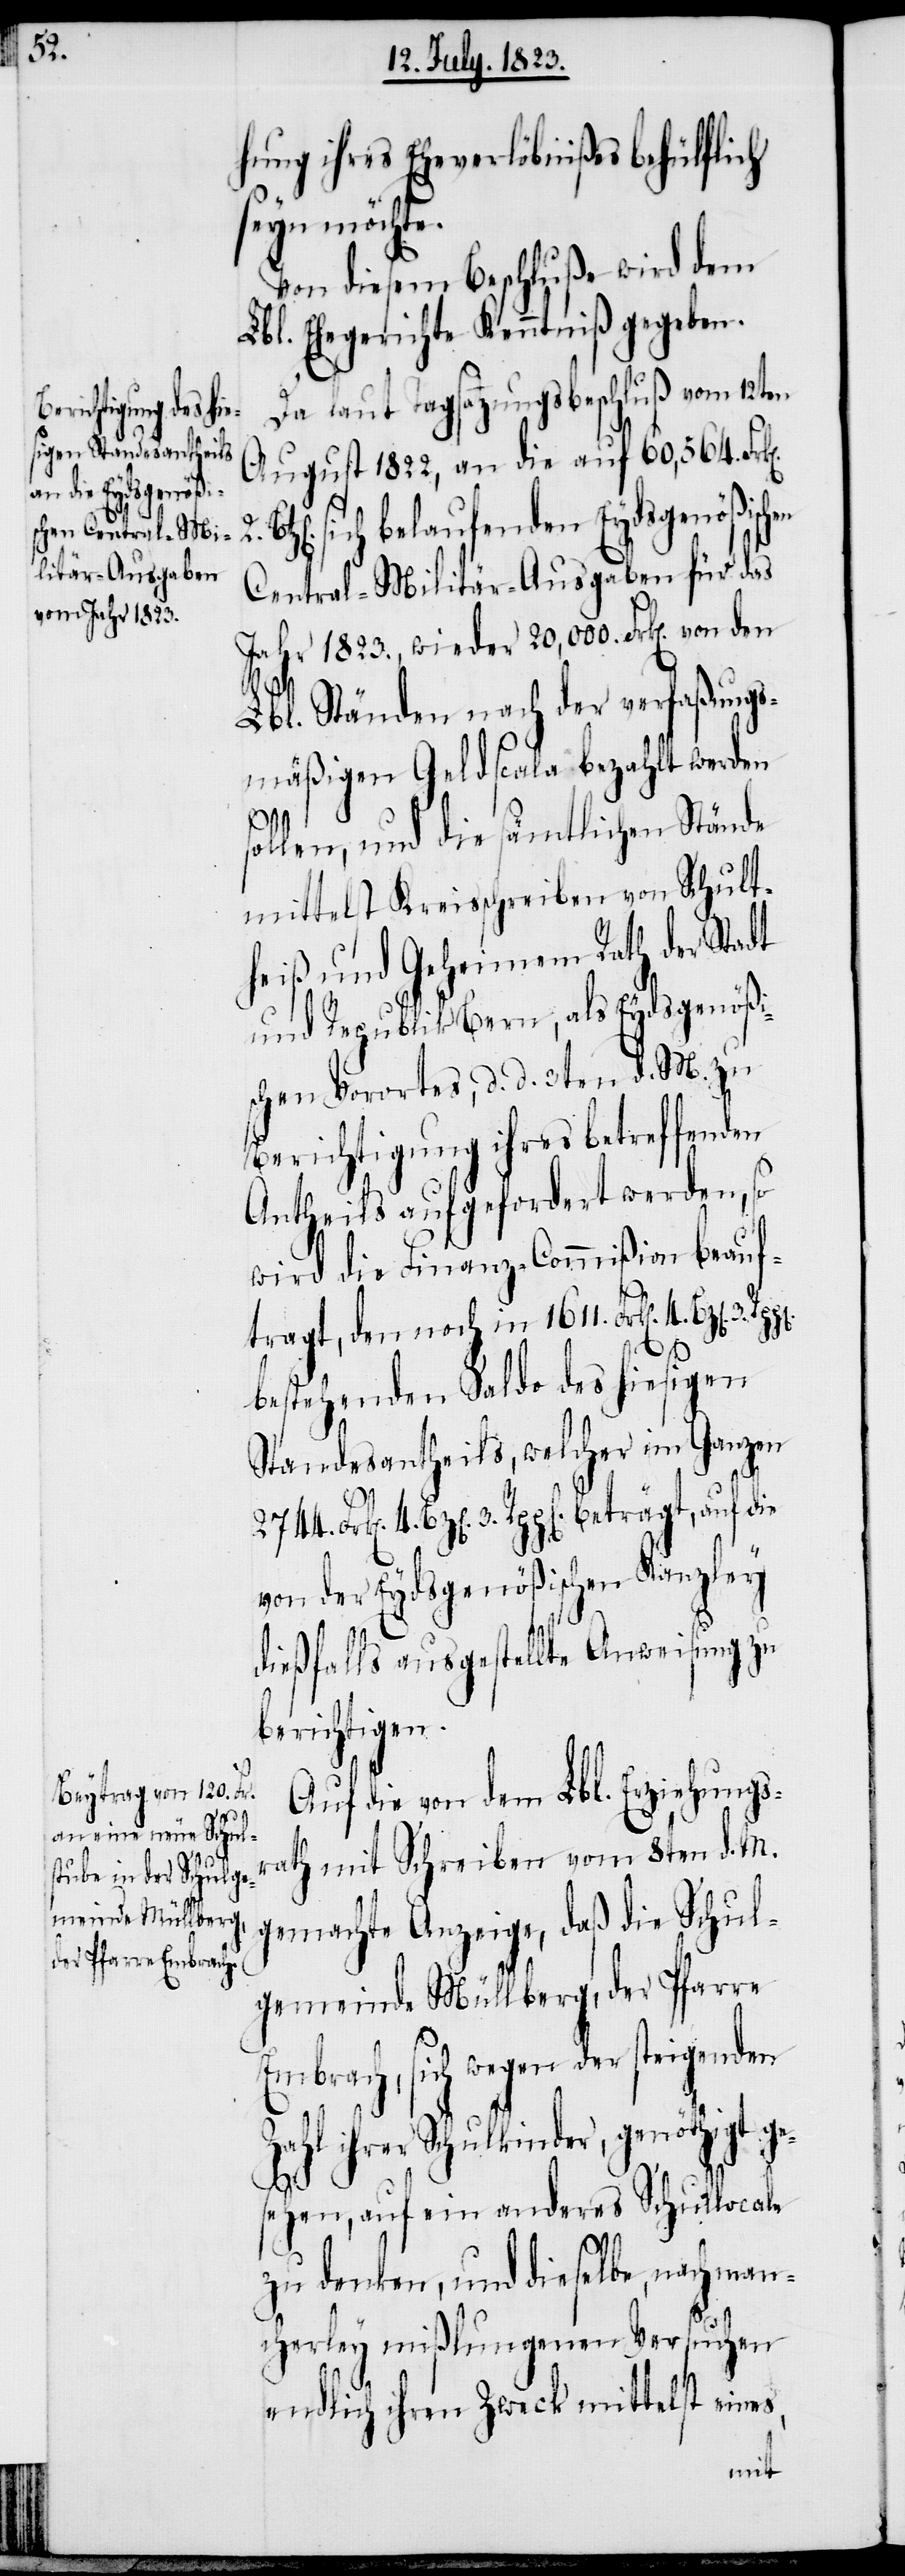
3.

hung ihres Eheverlöbnißes behülflich
seyn möchte.
Von diesem Beschluße wird dem
Lbl. Ehegerichte Kenntniß gegeben.
Da laut Tagsatzungsbeschluß vom 12ten
August 1822, an die auf 60,564. Fr¬
2.
sich belaufenden Eydsgenößischen
Central-Militär-Ausgaben für das
Jahr 1823., wieder 20,000. Frk[en]. von
Lbl. Ständen nach der verfaßungs¬
mäßigen Geldscala bezahlt werden
sollen, und die sämtlichen Stände
mittelst Kreisschreiben von Schult¬
heiß und Geheimem Rath der Stadt
und Republik Bern, als Eydsgenößi¬
schen Vorortes, d. d. 3ten d. M. zu
Berichtigung ihres betreffenden
Antheils aufgefordert werden, so
wird die Finanz-Commißion beauf¬
tragt, den noch in 1611. Frk[en]. 4. Bz[en].
bestehenden Saldo des hiesigen
Standesantheils, welcher im Ganzen
s,
3. Rpp[en]. beträgt, auf die
von der Eydsgenößischen Kanzley
ge¬
dießfalls ausgestellte Anweisung zu
berichtigen.
Auf die von dem Lbl. Erziehungs¬
rath mit Schreiben vom 8ten d. M.
gemachte Anzeige, daß die Schul¬
gemeinde Müllberg, der Pfarre
Embrach, sich wegen der steigenden
Zahl ihrer Schulkinder, genöthigt
sehen, auf ein anderes Schullocale
zu denken, und dieselbe, nach man¬
cherley mißlungenen Versuchen
endlich ihren Zweck mittelst eine¬